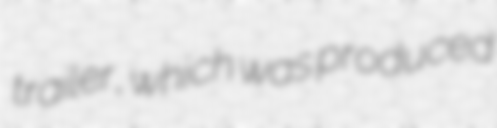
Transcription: trailer, which was produced